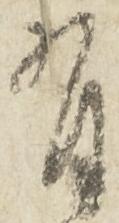
有